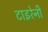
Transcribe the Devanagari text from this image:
टाइरेनी